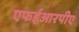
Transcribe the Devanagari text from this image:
एफईआरपीए